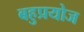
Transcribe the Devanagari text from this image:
बहुप्रयोज